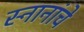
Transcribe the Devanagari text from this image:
स्नानांचे